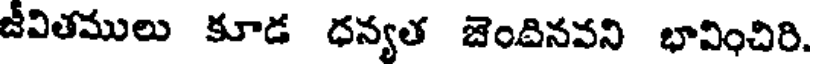
జీవితములు కూడ ధన్యత జెందినవని భావించిరి.